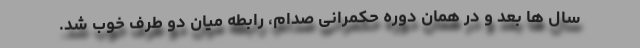
سال ها بعد و در همان دوره حکمرانی صدام، رابطه میان دو طرف خوب شد.